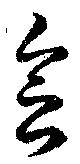
念